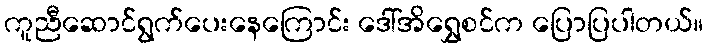
ကူညီဆောင်ရွက်ပေးနေကြောင်း ဒေါ်အိရွှေစင်က ပြောပြပါတယ်။